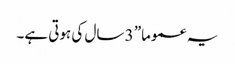
یہ عموما” 3 سال کی ہوتی ہے۔